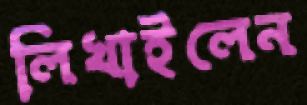
লিখাইলেন